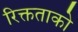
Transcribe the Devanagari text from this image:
रिक्तताको